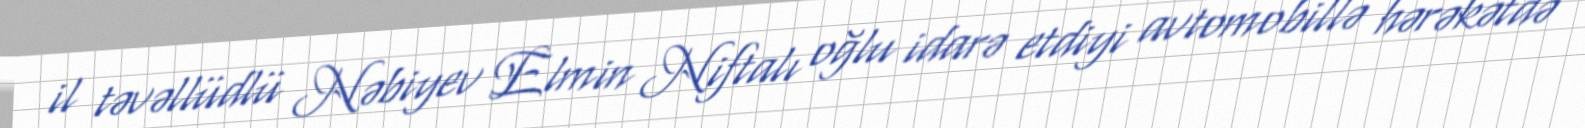
il təvəllüdlü Nəbiyev Elmin Niftalı oğlu idarə etdiyi avtomobillə hərəkətdə